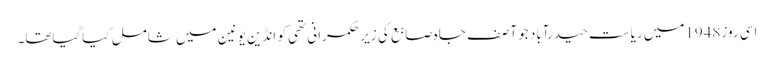
اسی روز1948میں ریاست حیدرآباد جو آصف جاہ صابع کی زیر حکمرانی تھی کو انڈین یونین میں شامل کیاگیاتھا۔